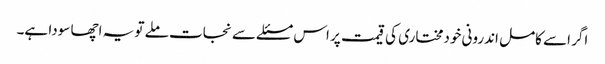
اگر اسے کامل اندرونی خودمختاری کی قیمت پر اس مسئلے سے نجات ملے تو یہ اچھا سودا ہے۔